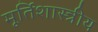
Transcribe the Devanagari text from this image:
मूर्तिशास्त्रीय